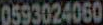
0593024060